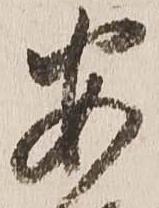
安